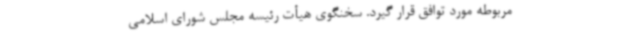
مربوطه مورد توافق قرار گیرد. سخنگوی هیأت رئیسه مجلس شورای اسلامی